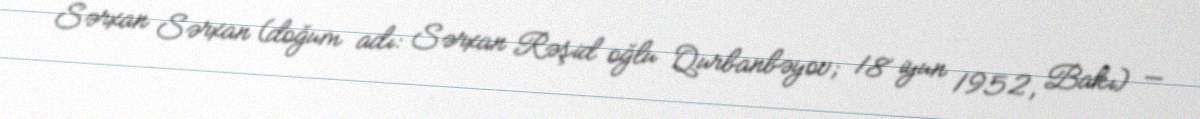
Sərxan Sərxan (doğum adı: Sərxan Rəşid oğlu Qurbanbəyov; 18 iyun 1952, Bakı) —